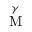
\overset { \gamma } { \mathrm { M } }